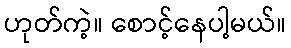
ဟုတ်ကဲ့။ စောင့်နေပါ့မယ်။